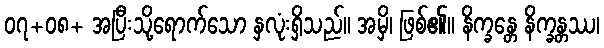
၀၇+၀၈+ အပြီးသို့ရောက်သော နှလုံးရှိသည်။ အမှိ၊ ဖြစ်၏။ နိက္ခန္တေ နိက္ခန္တဿ၊